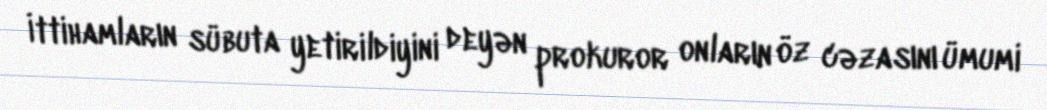
İttihamların sübuta yetirildiyini deyən prokuror onların öz cəzasını ümumi